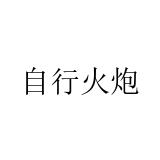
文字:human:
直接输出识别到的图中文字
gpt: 自行火炮